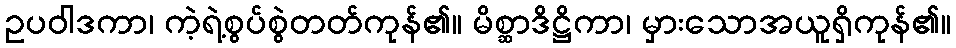
ဥပဝါဒကာ၊ ကဲ့ရဲ့စွပ်စွဲတတ်ကုန်၏။ မိစ္ဆာဒိဋ္ဌိကာ၊ မှားသောအယူရှိကုန်၏။